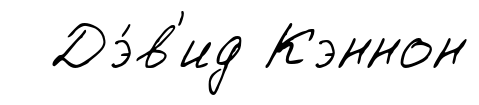
Дэ́в'ид Кэннон